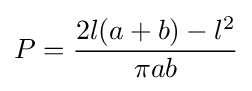
P={\frac {2l(a+b)-l^{2}}{\pi ab}}